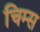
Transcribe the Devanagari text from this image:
चिम्स